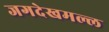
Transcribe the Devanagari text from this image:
जगदेखमल्ल